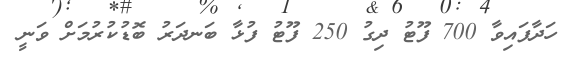
ހަދާފައިވާ 700 ފޫޓު ދިގު 250 ފޫޓު ފުޅާ ބަނދަރު ބޮޑުކުރުމަށް ވަނީ